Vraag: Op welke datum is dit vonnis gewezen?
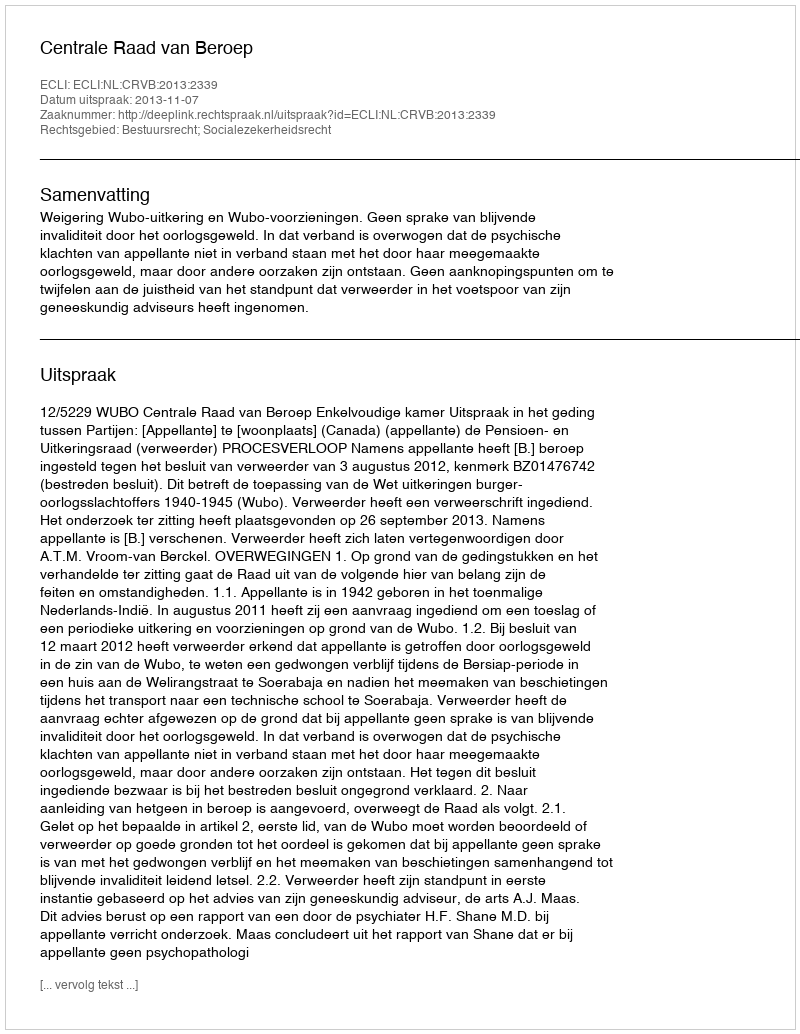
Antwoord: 2013-11-07